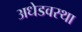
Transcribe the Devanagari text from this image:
अधेडवस्था